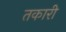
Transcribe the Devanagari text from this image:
तकारी